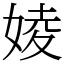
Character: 婈